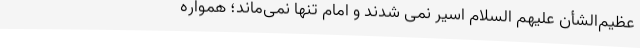
عظیم‌الشأن علیهم السلام اسیر نمی شدند و امام تنها نمی‌ماند؛ همواره